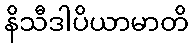
နိသီဒါပိယာမာတိ